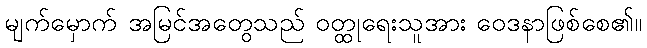
မျက်မှောက် အမြင်အတွေသည် ဝတ္ထုရေးသူအား ဝေဒနာဖြစ်စေ၏။